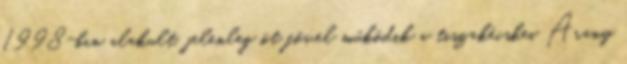
1998-ban alakult, jelenleg öt fővel működik a tiszakécskei Arany